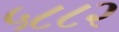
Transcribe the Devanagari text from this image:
५८८२